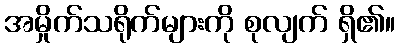
အမှိုက်သရိုက်များကို စုလျက် ရှိ၏။